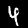
Digit: 4